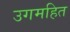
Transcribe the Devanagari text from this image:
उगमहित